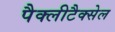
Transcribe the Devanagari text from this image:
पैक्लीटैक्सेल